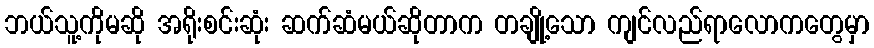
ဘယ်သူ့ကိုမဆို အရိုးစင်းဆုံး ဆက်ဆံမယ်ဆိုတာက တချို့သော ကျင်လည်ရာလောကတွေမှာ